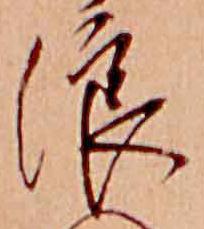
浪